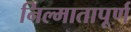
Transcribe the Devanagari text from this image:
निल्मातापूर्ण